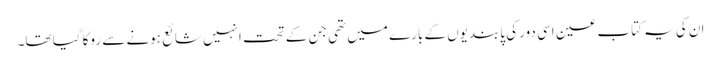
ان کی یہ کتاب عین اسی دور کی پابندیوں کے بارے میں تھی جن کے تحت انہیں شائع ہونے سے روکا گیا تھا۔